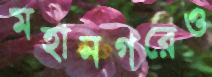
মহানগরেও